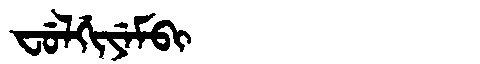
Manchu: ᠸᡠᠯᡤᡳᠶᡝᠮᠪᡳ
Romanization: FULGIYEMBI